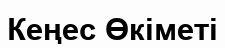
Кеңес Өкіметі